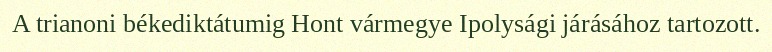
A trianoni békediktátumig Hont vármegye Ipolysági járásához tartozott.